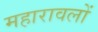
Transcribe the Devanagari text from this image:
महारावलों